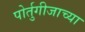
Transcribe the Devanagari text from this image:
पोर्तुगीजाच्या